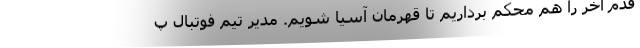
قدم آخر را هم محکم برداریم تا قهرمان آسیا شویم. مدیر تیم فوتبال پ